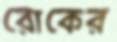
রোকের